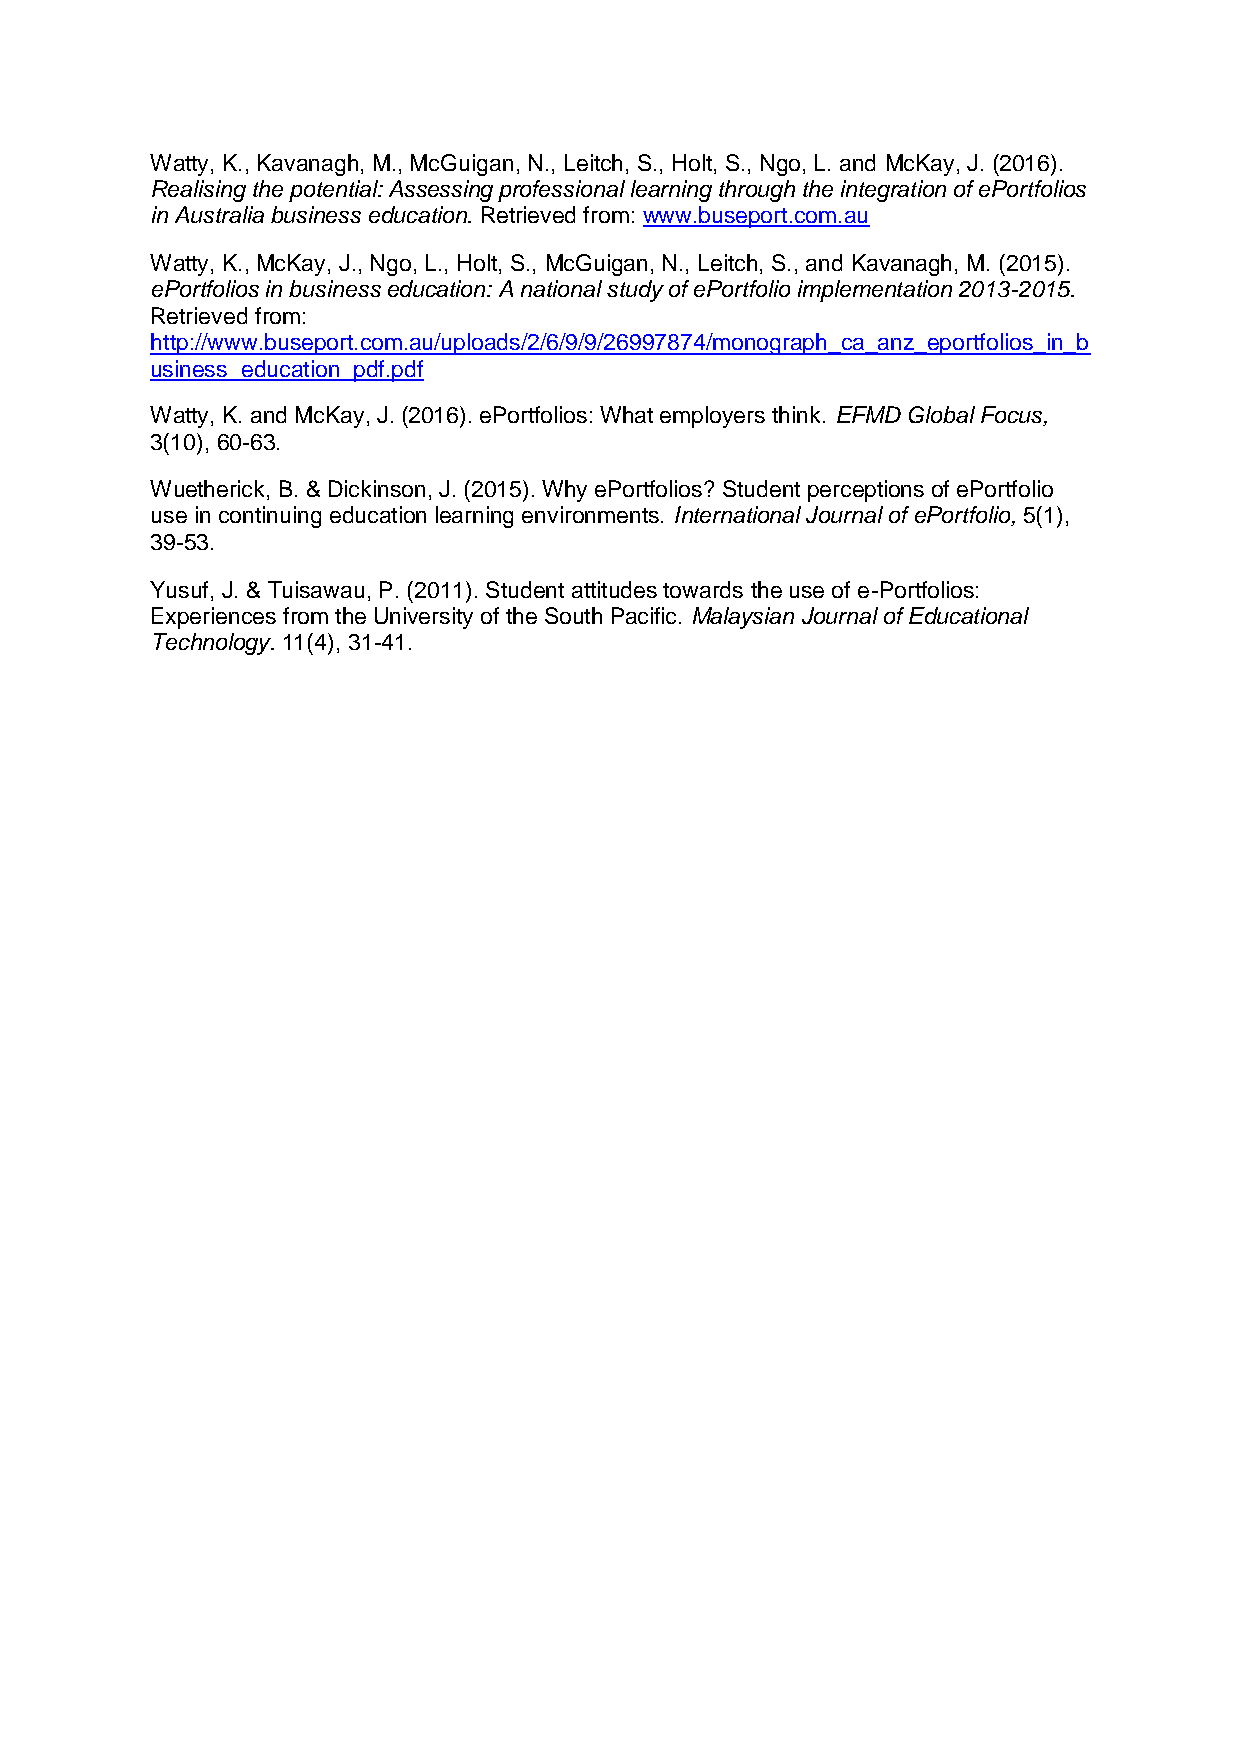
Watty, K., Kavanagh, M., McGuigan, N., Leitch, S., Holt, S., Ngo, L. and McKay, J. (2016).
 Realising the potential: Assessing professional learning through the integration of ePortfolios
 in Australia business education. Retrieved from: www.buseport.com.au
 Watty, K., McKay, J., Ngo, L., Holt, S., McGuigan, N., Leitch, S., and Kavanagh, M. (2015).
 ePortfolios in business education: A national study of ePortfolio implementation 2013-2015.
 Retrieved from:
 http://www.buseport.com.au/uploads/2/6/9/9/26997874/monograph_ca_anz_eportfolios_in_b
 usiness_education_pdf.pdf
 Watty, K. and McKay, J. (2016). ePortfolios: What employers think. EFMD Global Focus,
 3(10), 60-63.
 Wuetherick, B. & Dickinson, J. (2015). Why ePortfolios? Student perceptions of ePortfolio
 use in continuing education learning environments. International Journal of ePortfolio, 5(1),
 39-53.
 Yusuf, J. & Tuisawau, P. (2011). Student attitudes towards the use of e-Portfolios:
 Experiences from the University of the South Pacific. Malaysian Journal of Educational
 Technology. 11(4), 31-41.